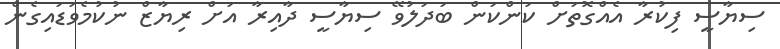
ސިޔާސީ ފިކުރާ އެއްގޮތަށް ކަންކަން ބަދަލުވޭ ސިޔާސީ ދާއިރާ އަށް ރިޔާޒް ނުކުމެވަޑައިގެން